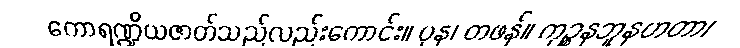
ကောရဏ္ဍိယဇာတ်သည်လည်းကောင်း။ ပုန၊ တဖန်။ ကုဉ္စနဘူနဟတာ၊